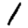
Digit: 1